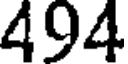
494